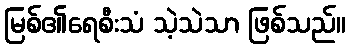
မြစ်၏ရေစီးသံ သဲ့သဲသာ ဖြစ်သည်။